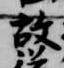
故